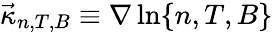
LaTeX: \vec{\kappa}_{n,T,B}\equiv\nabla\ln\{ n,T,B\}